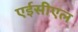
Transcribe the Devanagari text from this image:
एईसीएल